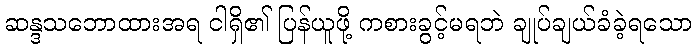
ဆန္ဒသဘောထားအရ ငါရှိ၏ ပြန်ယူဖို့ ကစားခွင့်မရဘဲ ချုပ်ချယ်ခံခဲ့ရသော